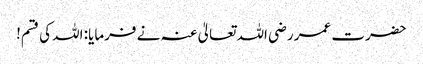
حضرت عمر رضی اللہ تعالیٰ عنہ نے فرمایا: اللہ کی قسم!